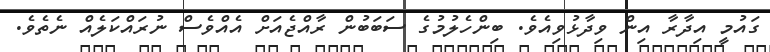
ގައުމީ އިދާރާ އިން ވިދާޅުވިއެވެ. ބިންހެލުމުގެ ސަބަބުން ރާއްޖެއަށް އެއްވެސް ނުރައްކަލެއް ނެތެވެ.